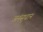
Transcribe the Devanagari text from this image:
अनंसुधान